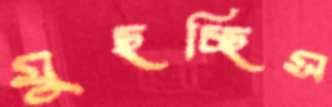
মুছচ্ছিস